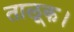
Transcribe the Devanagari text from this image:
तालूक।